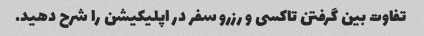
تفاوت بین گرفتن تاکسی و رزرو سفر در اپلیکیشن را شرح دهید.